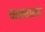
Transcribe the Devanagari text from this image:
चालतातच